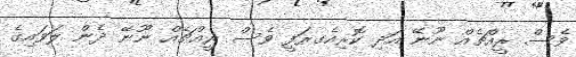
ވެސް ރީއްޗެއް ނޫނޭ އަދި ކޮރިއެގރަފީ ވެސް ރީއްޗެއް ނޫނޭ ދެން ލަވައިގެ